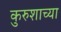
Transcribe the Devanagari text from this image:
कुरुशाच्या